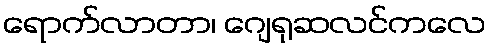
ရောက်လာတာ၊ ဂျေရုဆလင်ကလေ